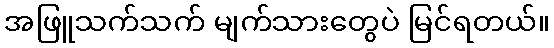
အဖြူသက်သက် မျက်သားတွေပဲ မြင်ရတယ်။